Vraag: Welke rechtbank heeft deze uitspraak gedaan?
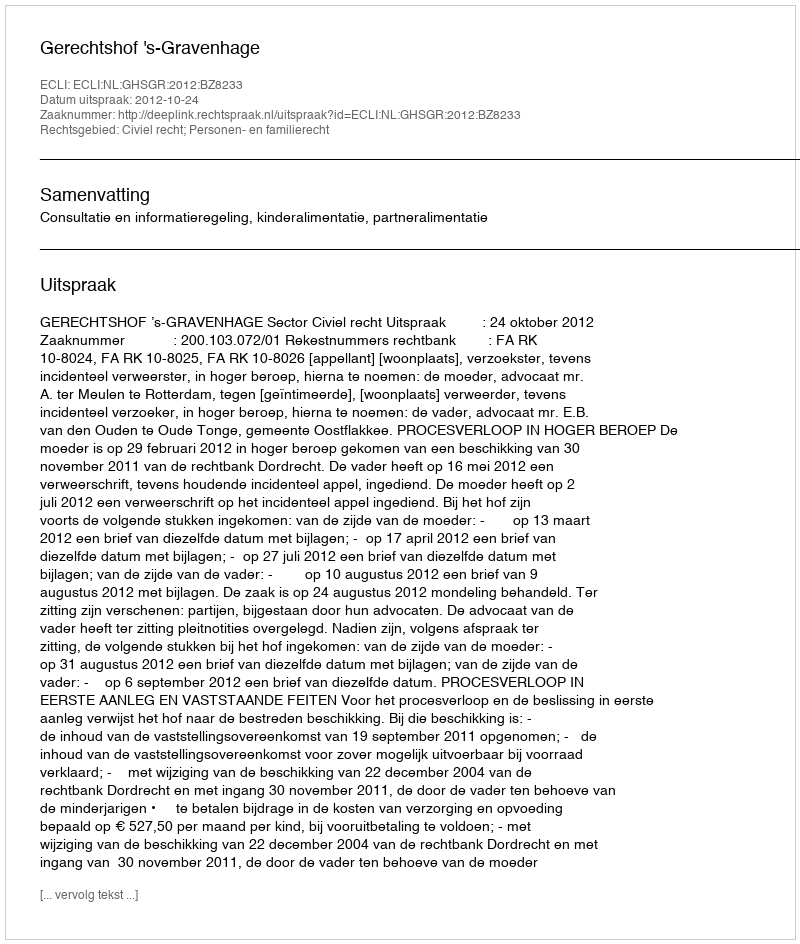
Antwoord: Gerechtshof 's-Gravenhage